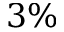
3 \%